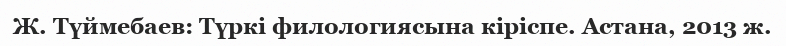
Ж. Түймебаев: Түркі филологиясына кіріспе. Астана, 2013 ж.